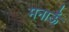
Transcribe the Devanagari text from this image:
मनाऊँ